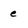
Character: e